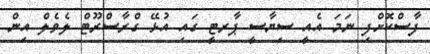
ފާސްކޮށްފި ނަމަ އެއީ ސިޔާސީ ޕާރޓީ ގައި އުޅޭ ގްރާސްރޫޓް ލެވެލް އިން